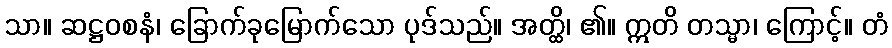
သာ။ ဆဋ္ဌဝစနံ၊ ခြောက်ခုမြောက်သော ပုဒ်သည်။ အတ္ထိ၊ ၏။ ဣတိ တသ္မာ၊ ကြောင့်။ တံ